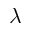
\lambda